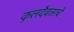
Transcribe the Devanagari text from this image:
कुलदैवताचे